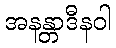
အနန္တာဒီနဝါ